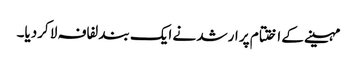
مہینے کے ا ختتام پر ارشد نے ایک بند لفافہ لا کردیا۔